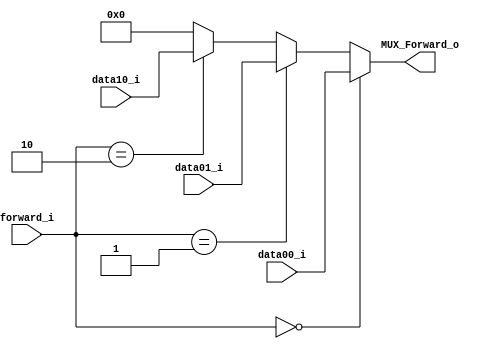
module MUX_Forward
(
    data00_i,
    data01_i,
    data10_i,
    forward_i,
    MUX_Forward_o
);

input [31:0]  data00_i, data01_i, data10_i;
input [1:0] forward_i;
output [31:0] MUX_Forward_o;

assign MUX_Forward_o =  (forward_i == 2'b00) ? data00_i :
                        (forward_i == 2'b01) ? data01_i :
                        (forward_i == 2'b10) ? data10_i : 32'b0;

endmodule